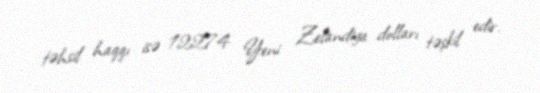
təhsil haqqı isə 12274 Yeni Zelandiya dolları təşkil edir.